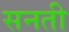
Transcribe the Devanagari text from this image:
सनती